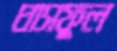
ঘাসফুল